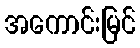
အကောင်းမြင်